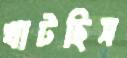
খাটছিস